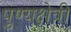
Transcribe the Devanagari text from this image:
पुण्यक्षेत्री